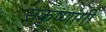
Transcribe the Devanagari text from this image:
सकृष्णांगी